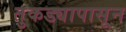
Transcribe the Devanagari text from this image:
तुकड्यापासून